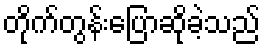
တိုက်တွန်းပြောဆိုခဲ့သည်